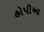
હોપીઆ